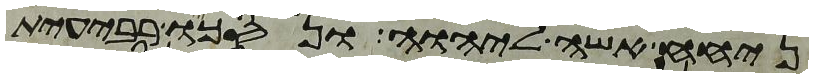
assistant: ניחח אשה ליהוה ונסכו רבעית